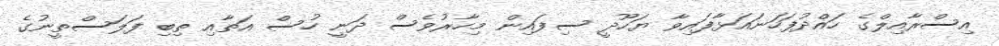
އިސްރާއިލްގެ ހައްދުފަހަނައަޅާފައިވާ ޔަހޫދީ ސިފައިން މިހާރުވެސް ދަނީ ހުސް އަތާއި ތިބި ފަލަސްތީނުގެ